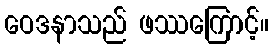
ဝေဒနာသည် ဖဿကြောင့်။